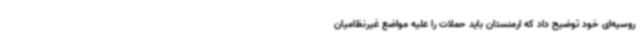
روسیه‌ای خود توضیح داد که ارمنستان باید حملات را علیه مواضع غیرنظامیان